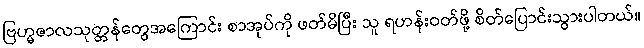
ဗြဟ္မဇာလသုတ္တန်တွေအကြောင်း စာအုပ်ကို ဖတ်မိပြီး သူ ရဟန်းဝတ်ဖို့ စိတ်ပြောင်းသွားပါတယ်။